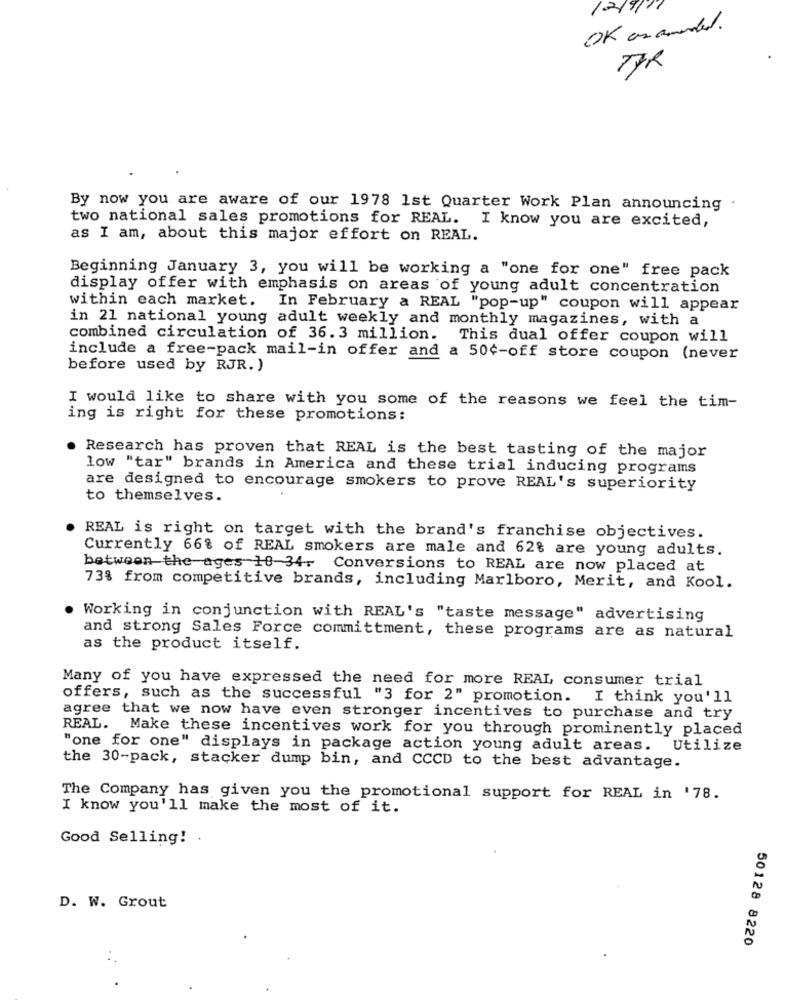
1219
OK as amended.
By now you are aware of our 1978 1st Quarter Work Plan announcing .
two national sales promotions for REAL. I know you are excited,
as I am, about this major effort on REAL.
Beginning January 3, you will be working a "one for one" free pack
display offer with emphasis on areas of young adult concentration
within each market. In February a REAL "pop-up" coupon will appear
in 21 national young adult weekly and monthly magazines, with a
combined circulation of 36.3 million. This dual offer coupon will
include a free-pack mail-in offer and a 50¢-off store coupon (never
before used by RJR. )
I would like to share with you some of the reasons we feel the tim-
ing is right for these promotions:
. Research has proven that REAL is the best tasting of the major
low "tar" brands in America and these trial inducing programs
are designed to encourage smokers to prove REAL's superiority
to themselves.
REAL is right on target with the brand's franchise objectives.
Currently 66% of REAL smokers are male and 62% are young adults.
between the ages 18-34- Conversions to REAL are now placed at
73% from competitive brands, including Marlboro, Merit, and Kool.
Working in conjunction with REAL's "taste message" advertising
and strong Sales Force committment, these programs are as natural
as the product itself.
Many of you have expressed the need for more REAL consumer trial
offers, such as the successful "3 for 2" promotion. I think you'll
agree that we now have even stronger incentives to purchase and try
REAL. Make these incentives work for you through prominently placed
"one for one" displays in package action young adult areas. Utilize
the 30-pack, stacker dump bin, and CCCD to the best advantage.
The Company has given you the promotional support for REAL in '78.
I know you'll make the most of it.
Good Selling!
D. W. Grout
50128 8220